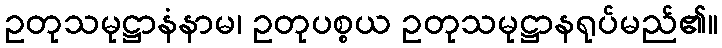
ဥတုသမုဋ္ဌာနံနာမ၊ ဥတုပစ္စယ ဥတုသမုဋ္ဌာနရုပ်မည်၏။